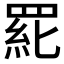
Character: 𱻆